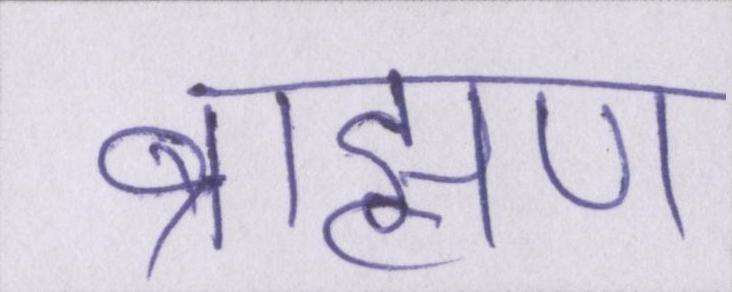
ब्राह्मण